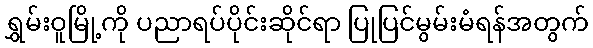
ရွှမ်းဝူမြို့ကို ပညာရပ်ပိုင်းဆိုင်ရာ ပြုပြင်မွမ်းမံရန်အတွက်